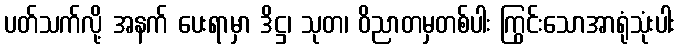
ပတ်သက်လို့ အနက် ပေးရာမှာ ဒိဋ္ဌ၊ သုတ၊ ဝိညာတမှတစ်ပါး ကြွင်းသောအာရုံသုံးပါး